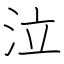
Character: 泣